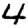
Digit: 4